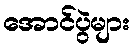
အောင်ပွဲများ